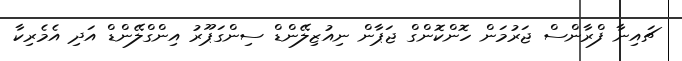
ޗައިނާ ފްރާންސް ޖަރުމަން ހޮންކޮންގް ޖަޕާން ނިއުޒިލޭންޑް ސިންގަޕޫރު އިންގްލޭންޑް އަދި އެމެރިކާ